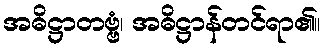
အဓိဋ္ဌာတဗ္ဗံ၊ အဓိဋ္ဌာန်တင်ရာ၏။